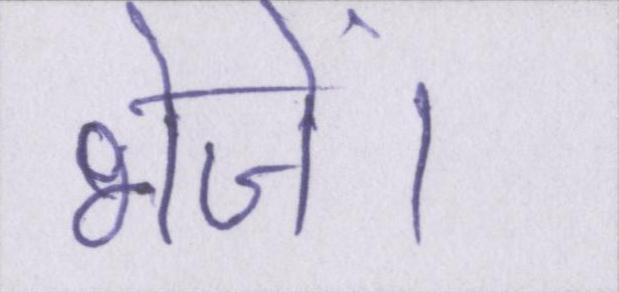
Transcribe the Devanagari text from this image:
भेजें।